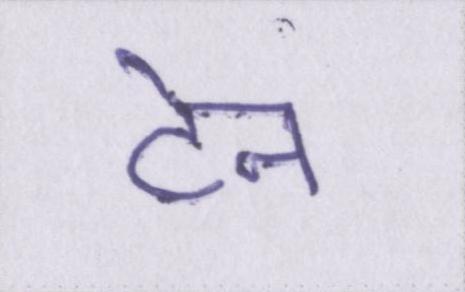
टेन